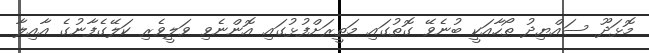
މޮޅަދޫ ސައްޔިދު ތޯހާއަކީ ބުނެވޭ ގޮތުގައި މަތީރަށްފުޅުގައި އޮންނެވި ވަލީވެރި ކަލޭގެފާނުގެ އާއިލާ